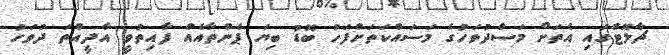
ޗާލޮޓްގައި އެތަށް މަސްދުވަހުގެ މަސައްކަތަށްފަހު ބޮޑު ބިޔަ ޕެންތާއެއް ފާއިތުވީ އާދީއްތަ ދުވަހު